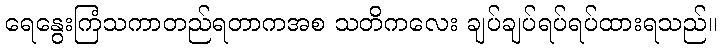
ရေနွေးကြံသကာတည်ရတာကအစ သတိကလေး ချပ်ချပ်ရပ်ရပ်ထားရသည်။